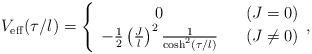
LaTeX: \begin{align*}V_{\rm eff}(\tau/l) = \left\{ \begin{array}{cl} 0\;\;\; & (J=0) \\ -\frac{1}{2}\left(\frac{J}{l}\right)^2 \frac{1}{\cosh^2(\tau/l)} \;\;\; & (J \neq 0)\end{array}, \right.\end{align*}